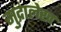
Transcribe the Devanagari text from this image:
मुद्रालेख